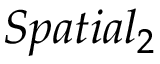
S p a t i a l _ { 2 }